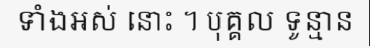
ទាំងអស់ នោះ ។ បុគ្គល ទូន្មាន